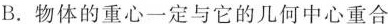
B.物体的重心一定与它的几何中心重合